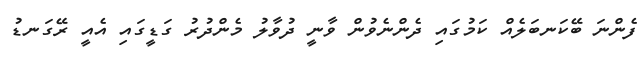
ފެންނަ ބޭކަނބަލެއް ކަމުގައި ދެންނެވުން ވާނީ ދުވާލު މެންދުރު ގަޑީގައި އެއީ ރޭގަނޑު